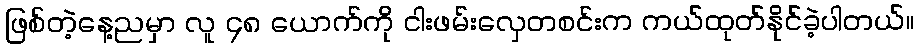
ဖြစ်တဲ့နေ့ညမှာ လူ ၄၈ ယောက်ကို ငါးဖမ်းလှေတစင်းက ကယ်ထုတ်နိုင်ခဲ့ပါတယ်။